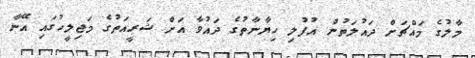
މާލުގެ މައްޗަށް ދައުލަތުން އުފުލި ހިޔާނާތުގެ ދައުވާ އަށް ޝަރީއަތުގެ މަޖިލީހުގައި އޭނާ